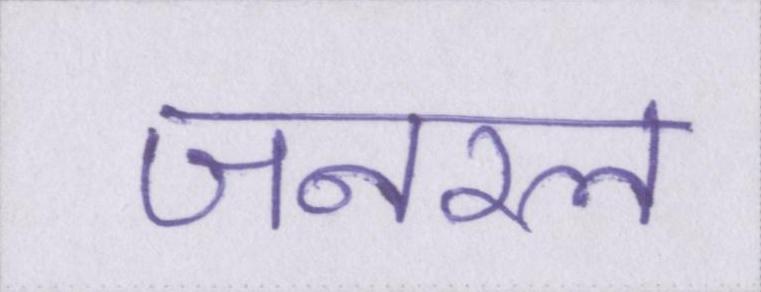
जनरल